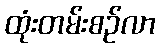
ထုံးတမ်းစဉ်လာ